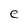
Character: e